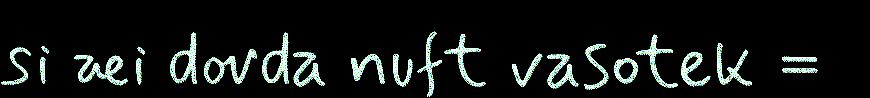
si æi dovda nuft vasotek =